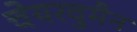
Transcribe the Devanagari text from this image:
चेयरवुमैन